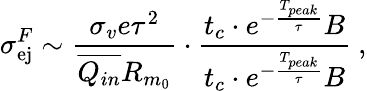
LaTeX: \sigma_{\mathrm{ej}}^{F}\sim\frac{\sigma_{v}e\tau^{2}}{\overline{{Q_{in}}}R_{m_{0}}}\cdot\frac{t_{c}\cdot e^{-\frac{T_{peak}}{\tau}}B}{t_{c}\cdot e^{-\frac{T_{peak}}{\tau}}B}~,